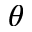
\theta